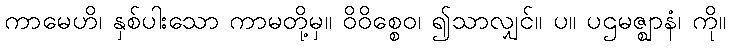
ကာမေဟိ၊ နှစ်ပါးသော ကာမတို့မှ။ ဝိဝိစ္စေဝ၊ ၍သာလျှင်။ ပ။ ပဌမဇ္ဈာနံ၊ ကို။